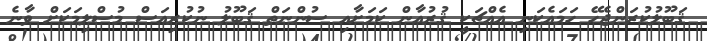
ޤަބޫލުކުރަންޖެހޭ ހަމައެކަނި އެއްޗަކީ ޤުރުއާން ކަމަށާއި ސުންނަތް ޤަބޫލު ނުކުރިއަސް މުސްލިމަކަށް ވާނެ